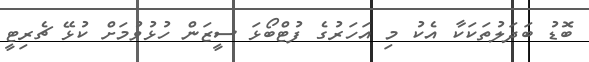
ބޮޑު ބަދަލުތަކަކާ އެކު މި އަހަރުގެ ފުޓްބޯޅަ ސީޒަން ހުޅުވުމަށް ކުޅޭ ޗެރިޓީ